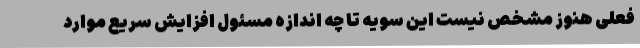
فعلی هنوز مشخص نیست این سویه تا چه اندازه مسئول افزایش سریع موارد